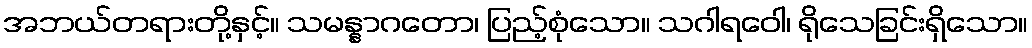
အဘယ်တရားတို့နှင့်။ သမန္နာဂတော၊ ပြည့်စုံသော။ သဂါရဝေါ၊ ရိုသေခြင်းရှိသော။